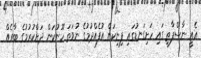
އެއީ ނާސްޕާތީ ގައި ހަށިގަނޑުގައި ފިނިކަން އުފެއްދުމުގެ ނުވަތަ ހޫނުކަން ދަށްކުރުމުގެ ބާރެއް